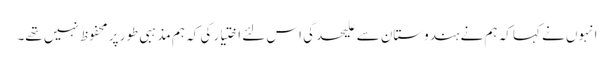
انہوں نے کہا کہ ہم نے ہندوستان سے علیحدگی اس لئے اختیار کی کہ ہم مذہبی طور پر محفوظ نہیں تھے۔